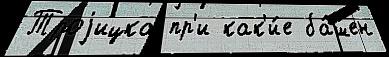
Троjицка пр'и как'и́е ба́шен